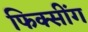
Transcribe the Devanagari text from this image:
फिक्सींग